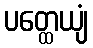
ပတ္ထေယျံ